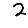
Digit: 2